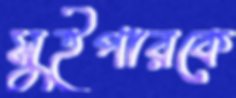
সুইপারকে